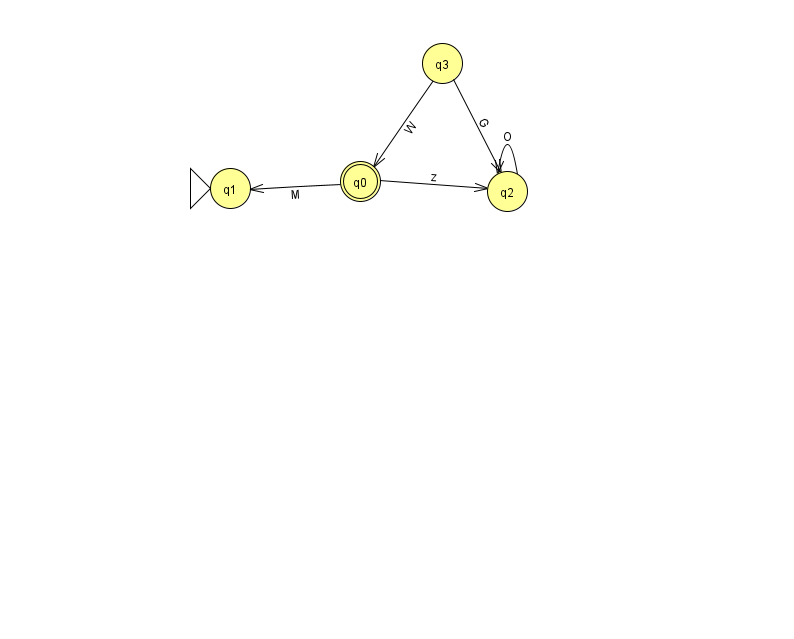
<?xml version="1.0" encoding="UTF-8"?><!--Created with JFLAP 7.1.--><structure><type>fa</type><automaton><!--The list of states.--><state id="0" name="q0"><x>360.0</x><y>168.0</y><final/></state><state id="1" name="q1"><x>230.0</x><y>175.0</y><initial/></state><state id="2" name="q2"><x>507.0</x><y>178.0</y></state><state id="3" name="q3"><x>442.0</x><y>50.0</y></state><!--The list of transitions.--><transition><from>3</from><to>2</to><read>G</read></transition><transition><from>3</from><to>0</to><read>W</read></transition><transition><from>0</from><to>1</to><read>M</read></transition><transition><from>0</from><to>2</to><read>z</read></transition><transition><from>2</from><to>2</to><read>O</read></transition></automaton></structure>